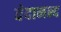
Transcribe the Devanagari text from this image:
वेदानन्द